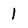
Character: 1